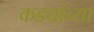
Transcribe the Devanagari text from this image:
कड्यांच्या